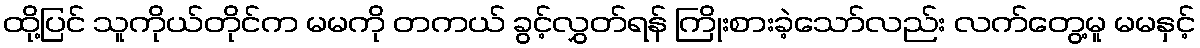
ထို့ပြင် သူကိုယ်တိုင်က မမကို တကယ် ခွင့်လွှတ်ရန် ကြိုးစားခဲ့သော်လည်း လက်တွေ့မူ မမနှင့်